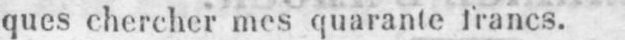
ques chercher mes quarante francs.